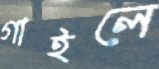
গাইলে